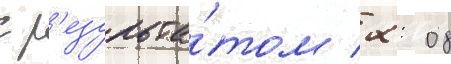
с р'езульта́том 2: 08